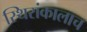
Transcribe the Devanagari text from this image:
स्थिरांकालाच